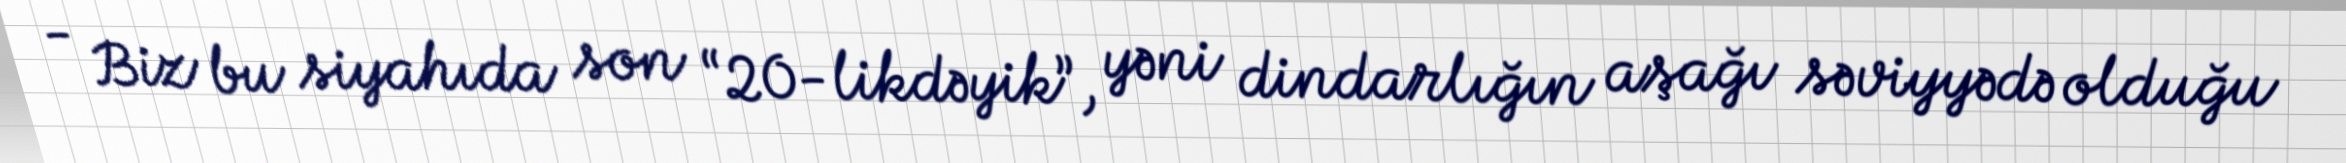
- Biz bu siyahıda son “20-likdəyik”, yəni dindarlığın aşağı səviyyədə olduğu